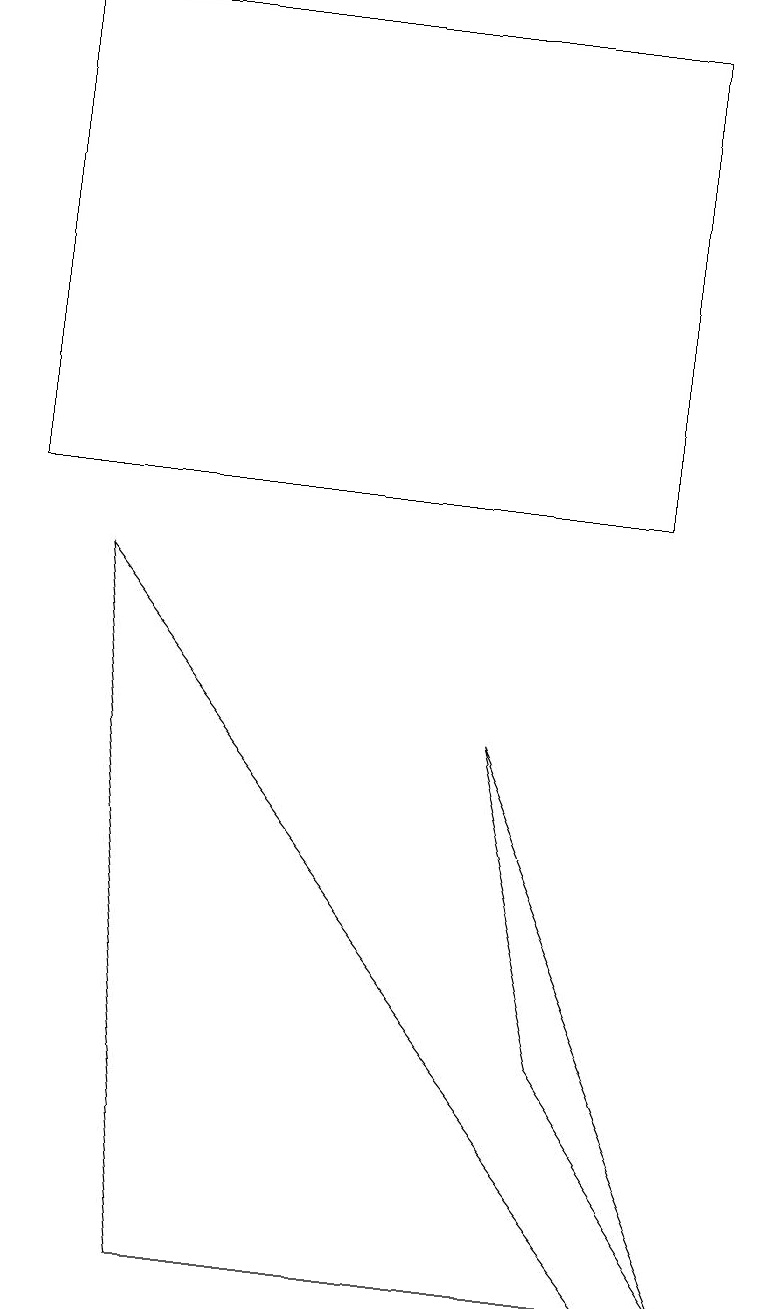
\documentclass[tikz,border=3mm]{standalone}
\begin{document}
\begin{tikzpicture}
\draw (1,9) -- (2,0) -- (8,0) -- cycle;
\draw (6,7) -- (9,0) -- (7,3) -- cycle;
\draw (8,16) rectangle (0,10);
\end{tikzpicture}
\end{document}